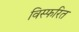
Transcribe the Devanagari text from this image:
विस्फरित